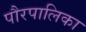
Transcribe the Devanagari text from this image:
पौरपालिका